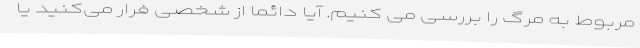
مربوط به مرگ را بررسی می کنیم. آیا دائماً از شخصی فرار می‌کنید یا